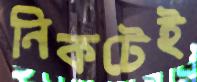
নিকটেই